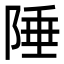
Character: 陲